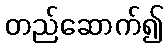
တည်ဆောက်၍